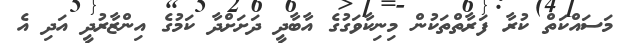
މަސައްކަތް ކުރާ ފަރާތްތަކުން މިނިކާވަގުގެ އާބާދީ ދަށަށްދާ ކަމުގެ އިންޒާރުދީ އަދި އެ